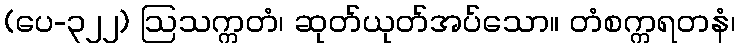
(ပေ-၃၂၂) ဩသက္ကတံ၊ ဆုတ်ယုတ်အပ်သော။ တံစက္ကရတနံ၊